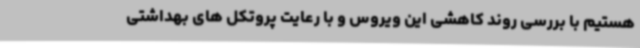
هستیم با بررسی روند کاهشی این ویروس و با رعایت پروتکل های بهداشتی